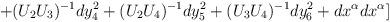
LaTeX: \begin{align*}+(U_2U_3)^{-1}dy_4^2+(U_2U_4)^{-1}dy_5^2+(U_3U_4)^{-1}dy_6^2+dx^{\alpha}dx^{\alpha}]\end{align*}